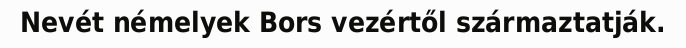
Nevét némelyek Bors vezértől származtatják.